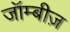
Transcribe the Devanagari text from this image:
जॉम्बीज़